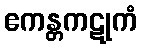
ဧကန္တကဋုကံ